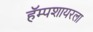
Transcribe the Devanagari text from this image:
हॅम्पशायरला